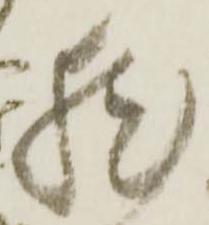
然